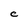
Character: C